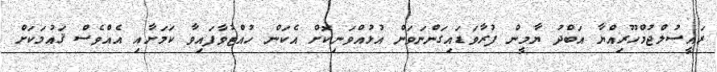
ރައީސުލްޖުމްހޫރިއްޔާ އަބްދު ޔާމީން ފުރާވަޑައިގަންނަވަން އުޅުއްވަނިކޮށް އެކަން ހުއްޓުވާފައިވާ ކަމަށާއި އެއްވެސް ޤައުމަކަށް